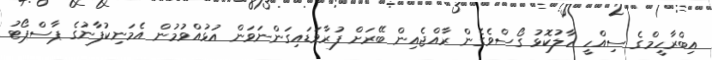
އިބްރާހީމްގެ ސިއްހީ ހާލުކޮޅު ގޯސްވެގެން ރާއްޖެއިން ބޭރަށް ފުރާވަޑައިގަންނަވަން އުޅުއްވުމުން އެމަނިކުފާނުގެ ޕާސްޕޯޓު